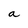
Character: a